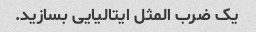
یک ضرب المثل ایتالیایی بسازید.